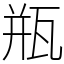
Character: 瓶